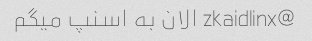
@zkaidlinx الان به اسنپ میگم